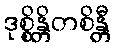
ဒုစ္စိန္တိတစိန္တီ